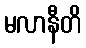
မလာနီတိ